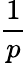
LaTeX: \frac{1}{p}